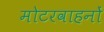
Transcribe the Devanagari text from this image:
मोटरवाहनों